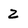
Character: 2